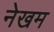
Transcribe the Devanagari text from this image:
नेखम